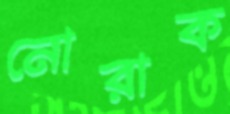
নোরাক